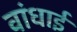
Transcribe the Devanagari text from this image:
वांधाई